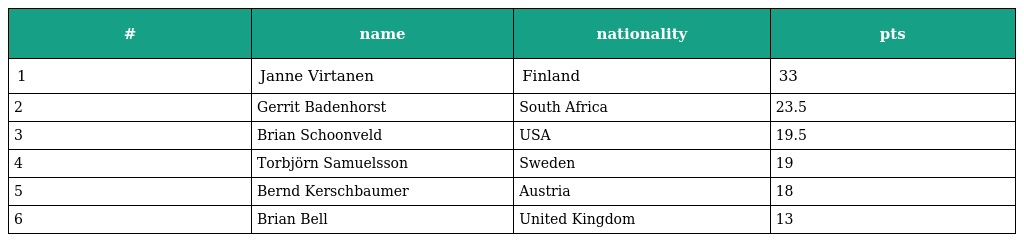
| # | name | nationality | pts |
 | --- | --- | --- | --- |
 | 1 | Janne Virtanen | Finland | 33 |
 | 2 | Gerrit Badenhorst | South Africa | 23.5 |
 | 3 | Brian Schoonveld | USA | 19.5 |
 | 4 | Torbjörn Samuelsson | Sweden | 19 |
 | 5 | Bernd Kerschbaumer | Austria | 18 |
 | 6 | Brian Bell | United Kingdom | 13 |